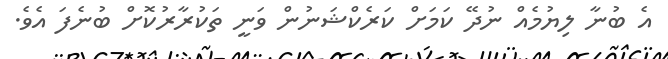
އެ ބުނާ ލިޔުމެއް ނުދޭ ކަަމަށް ކަރެކްޝަނުން ވަނީ ތަކުރާރުކޮށް ބުނެފަ އެވެ.